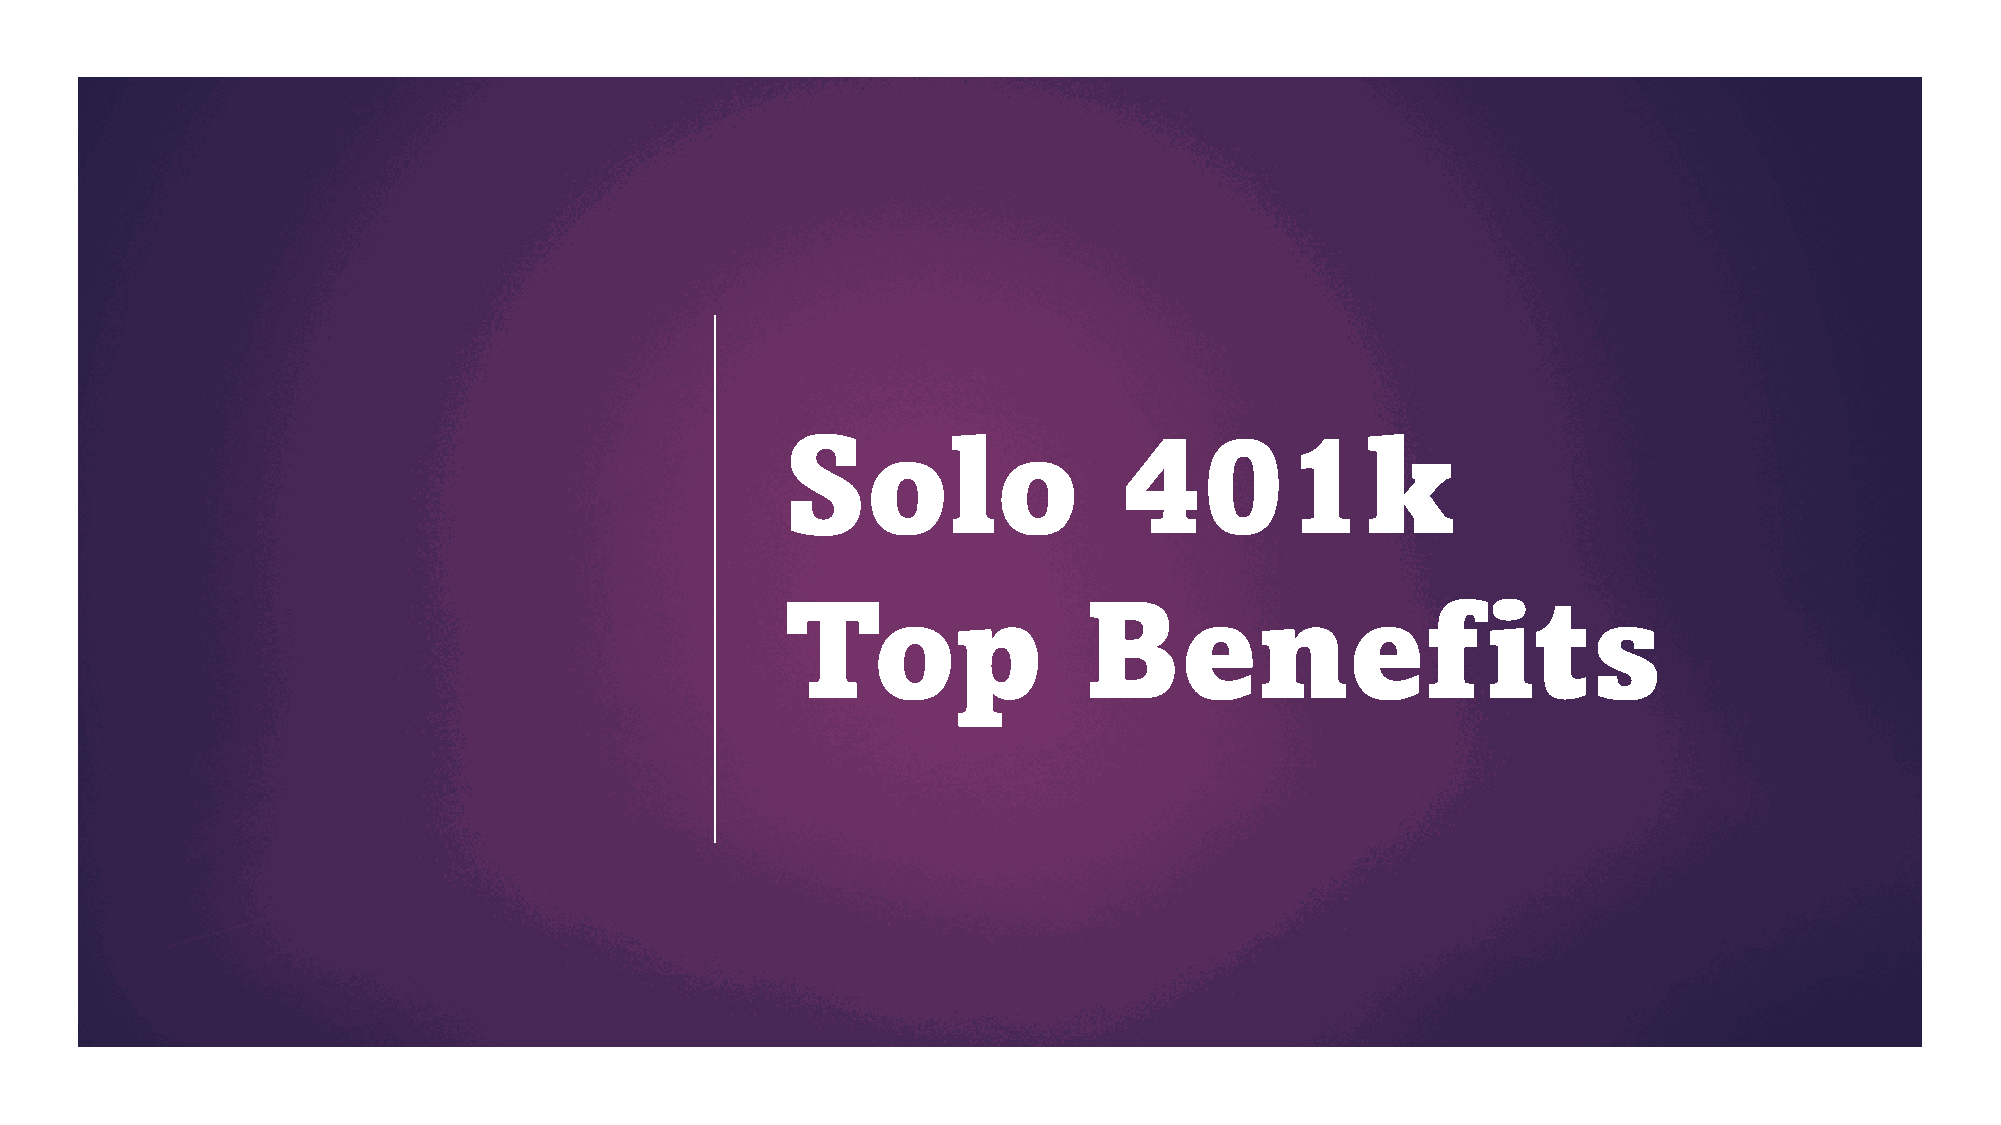
Solo                  401k
 Top                 Benef                     its